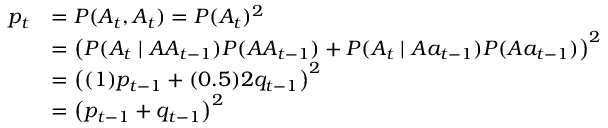
{ \begin{array} { r l } { p _ { t } } & { = P ( A _ { t } , A _ { t } ) = P ( A _ { t } ) ^ { 2 } } \\ & { = \left( P ( A _ { t } \mid A A _ { t - 1 } ) P ( A A _ { t - 1 } ) + P ( A _ { t } \mid A a _ { t - 1 } ) P ( A a _ { t - 1 } ) \right) ^ { 2 } } \\ & { = \left( ( 1 ) p _ { t - 1 } + ( 0 . 5 ) 2 q _ { t - 1 } \right) ^ { 2 } } \\ & { = \left( p _ { t - 1 } + q _ { t - 1 } \right) ^ { 2 } } \end{array} }